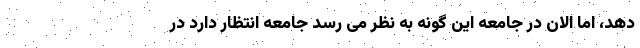
دهد، اما الان در جامعه این گونه به نظر می رسد جامعه انتظار دارد در